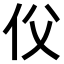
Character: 𠇑